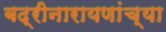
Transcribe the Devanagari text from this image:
बद्रीनारायणांच्या